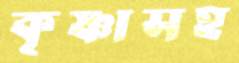
কৃষ্ণাসহ